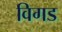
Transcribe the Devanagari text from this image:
विगड